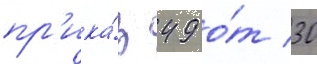
пр'ика́з 49 о́т 30